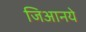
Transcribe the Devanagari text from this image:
जिआनये